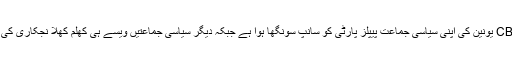
موجودہ CBA یونین کی اپنی سیاسی جماعت پیپلز پارٹی کو سانپ سونگھا ہوا ہے جبکہ دیگر سیاسی جماعتیں ویسے ہی کھلم کھلا نجکاری کی حامی ہیں۔